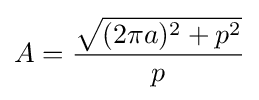
A={\frac {\sqrt {(2\pi a)^{2}+p^{2}}}{p}}